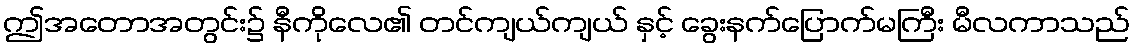
ဤအတောအတွင်း၌ နီကိုလေ၏ တင်ကျယ်ကျယ် နှင့် ခွေးနက်ပြောက်မကြီး မီလကာသည်